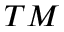
^ { T M }